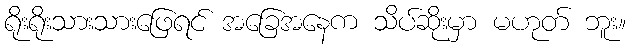
ရိုးရိုးသားသားဖြေရင် အခြေအနေက သိပ်ဆိုးမှာ မဟုတ် ဘူး။